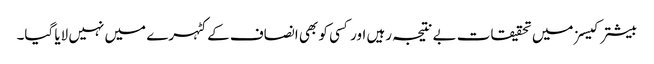
بیشتر کیسز میں تحقیقات بے نتیجہ رہیں اور کسی کو بھی انصاف کے کٹہرے میں نہیں لایا گیا۔